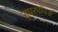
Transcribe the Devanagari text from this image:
सुपरपॉवर्स